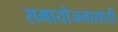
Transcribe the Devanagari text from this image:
समायोजनासाठी